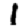
Digit: 1